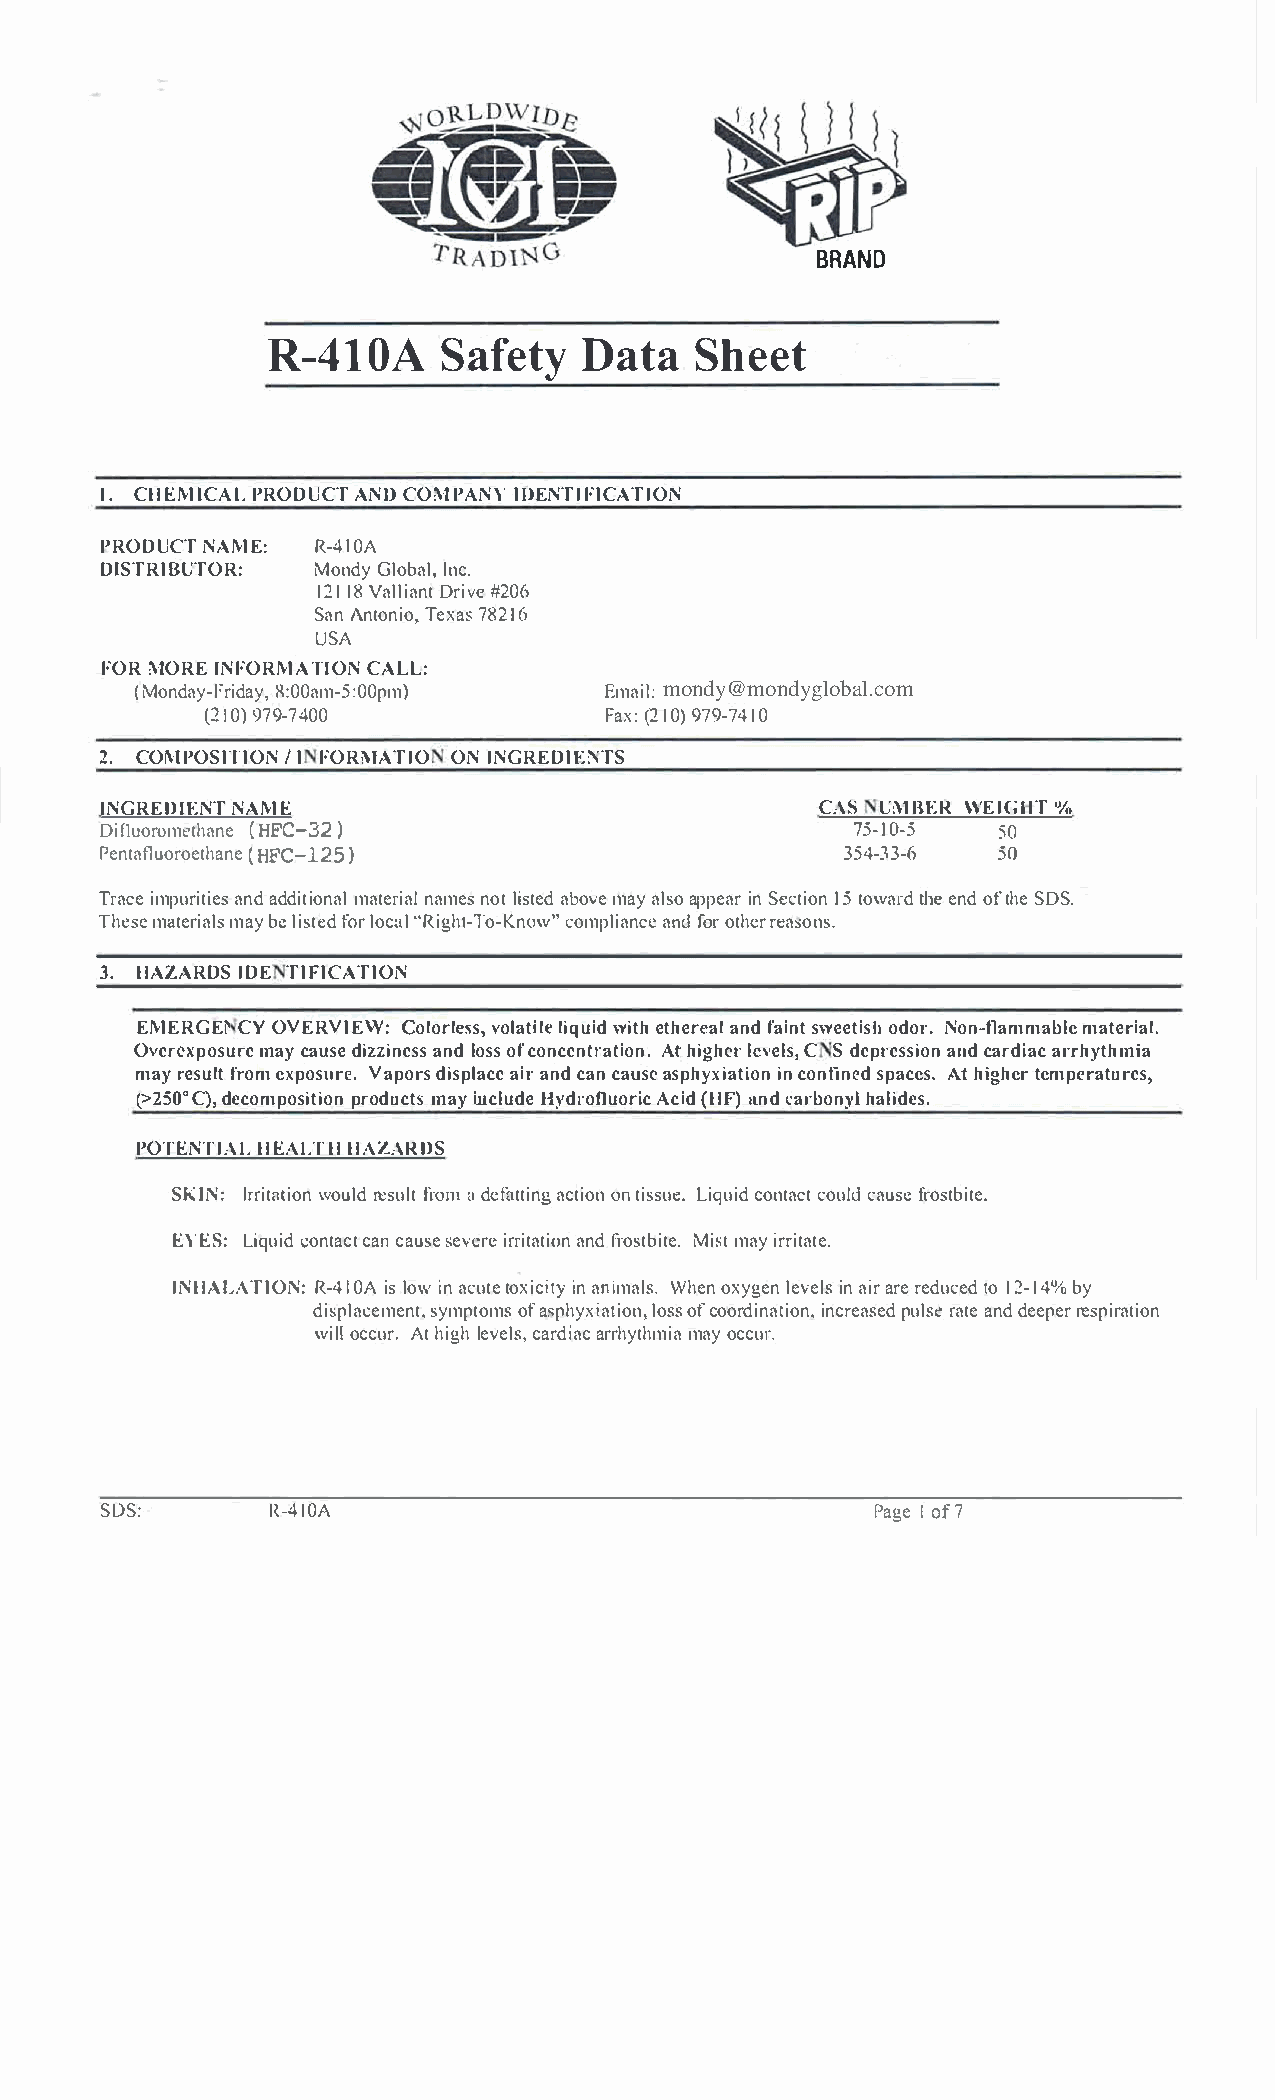
BRAND
 R-41S0aAf           DeattySa   h  eet
 I.CHEMICAPLR ODUCATN OC OMPANIYDE NTIFICATION
 PRODUCNTA ME: R-410A
 DISTRIBUTOR:M  onGdlyo blanlc,.
 121V1a8l lDirai#nv2te0 6
 SaAnn toTneixo7a,8sI 2 6
 USA
 FORM OREC NFORMTAI OCNA LL:
 (M onday-8F:r0i0daamy-,5 :00pm) Emamioln:d yglb@sbcglobal.net
 (21907)9-7400              Fa(xI2:0 )9 79-7410
 2.C OMPOSITIIO FNO/R I\1ATOINIO N GREDIENTS
 INGREEDNITN AME                                CAS UMBERW EIGHT%
 Ditluoro( Hm Fe Cth -a 3n 2e )                   75-10-5   50
 Pentatluo(Br FoCe-t1h2a5n)e                      354-33-65  0
 Traimcpeu raidnta iddeiiostanl m atrei naalmneoslt i s atobevmdea aylaspop ienSae rtci1o5 tno wardt ehe nodft hSeD S.
 Themsaet emriayba ell si sftoloercd "a Rli ghtw-"Tco omp-lKicnaeaon nfodr o threesrao ns.
 3.H AZARDISD ET IFICATION
 EMERGEC1Y O VERVIECWo:l orvloelsaslt,ii qlwueii tdeh t hearnefdaa li snwte etoidsohrN .on -flammmaabtleer ial.
 Overexpmoasycu arueds iezz inaenslds o osfsc oncentrAalht iigohlnee.rv eCl sdS,e presasnicdoa nr dairarch ythmia
 mayr esfurlotem x posVuarpeo.dr iss paliaarcn ecd a cna uassep hyxiianct oinofinns epda cAetsh .i ghteerm peratures,
 (>2°C50)d,e compopsriotdiuomcnat yis n clHuydder ofluAocri(idHc F a)n cda rbohnaylli des.
 POTENTIHAELA LT HH AZARDS
 SKJNI:r riwtoautrliedos fnur loatmd efaatcttioinntog in s Lsiuqecu.oi ndtc aocuctla duf sreo stbite.
 EYESL:i qcuoindct aacnca tus seev ierrrei atnafdtr ioosnMt ibmsiatti yer .r itate.
 INHALATIRO-N4:1 i0lsAo i wan c uttoex iicanin tiymW ahleson.x ygleenvi eanl iasrr r ee dutc1oe2 d- 1b4y%
 displascyemmpetonofatm s,sp hyxiaotfc iooonr,d iilnnoacstrsipe ouanlsr,sea edt ed eaenrpdee srp iration
 wiolclc Autrh .i lgehv cealrsda,ir arhcy mtahoymc icau r.
 SDS:       R-410A                                  PagIoe f 7